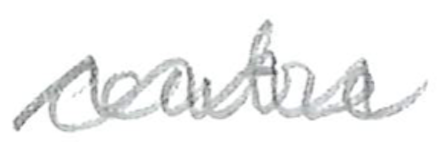
Text: center
Cross-out: wave
Writing tool: pencil